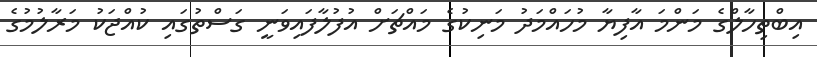
އިބްތިހާލްގެ މަންމަ އާފިޔާ މުހައްމަދު މަނިކުގެ މައްޗަށް އުފުލާފައިވަނީ ގަސްތުގައި ކުއްޖަކު މަރާލުމުގެ